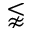
\lnapprox